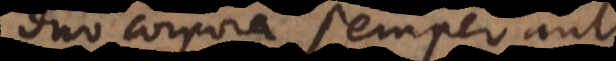
duo corpora semper au